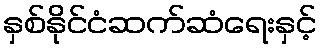
နှစ်နိုင်ငံဆက်ဆံရေးနှင့်